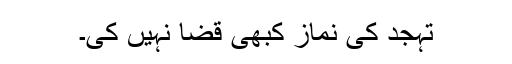
تہجّد کی نماز کبھی قضا نہیں کی۔